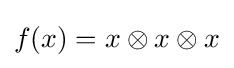
f(x)=x\otimes x\otimes x